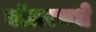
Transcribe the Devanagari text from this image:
बॉलरमधे